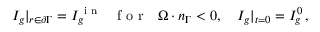
I _ { g } | _ { \boldsymbol { r } \in \partial \Gamma } = I _ { g } ^ { \mathrm { ~ i ~ n ~ } } \ \ \mathrm { ~ f ~ o ~ r ~ } \ \ \boldsymbol { \Omega } \cdot \boldsymbol { n } _ { \Gamma } < 0 , \quad I _ { g } | _ { t = 0 } = I _ { g } ^ { 0 } \, ,